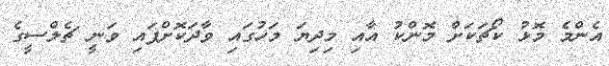
އެންމެ މޮޅު ކޯޗަކަށް މޮންކު އާއި މިދިޔަ މަހުގައި ވާދަކޮށްފައި ވަނީ ޗެލްސީގެ